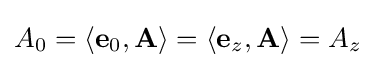
A_{0}=\left\langle \mathbf {e} _{0},\mathbf {A} \right\rangle =\left\langle \mathbf {e} _{z},\mathbf {A} \right\rangle =A_{z}